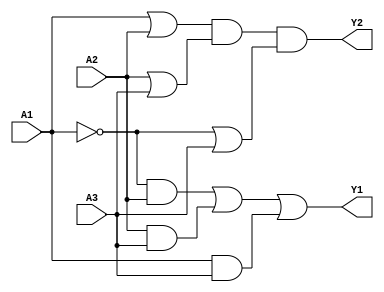
module combinational_logic (
    input wire A1,    // Input A1
    input wire A2,    // Input A2
    input wire A3,    // Input A3
    output wire Y1,   // Output Y1 (SOP form)
    output wire Y2    // Output Y2 (POS form)
);

// Sum of Products (SOP) for Y1
// Example: Y1 = A1'A2 + A2A3 + A1A3
assign Y1 = (~A1 & A2) | (A2 & A3) | (A1 & A3);

// Product of Sums (POS) for Y2
// Example: Y2 = (A1 + A2)(A2 + A3)(A1' + A3)
assign Y2 = (A1 | A2) & (A2 | A3) & (~A1 | A3);

endmodule